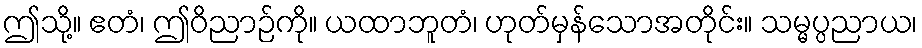
ဤသို့။ ဧတံ၊ ဤဝိညာဉ်ကို။ ယထာဘူတံ၊ ဟုတ်မှန်သောအတိုင်း။ သမ္မပ္ပညာယ၊